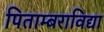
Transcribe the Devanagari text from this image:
पिताम्बराविद्या